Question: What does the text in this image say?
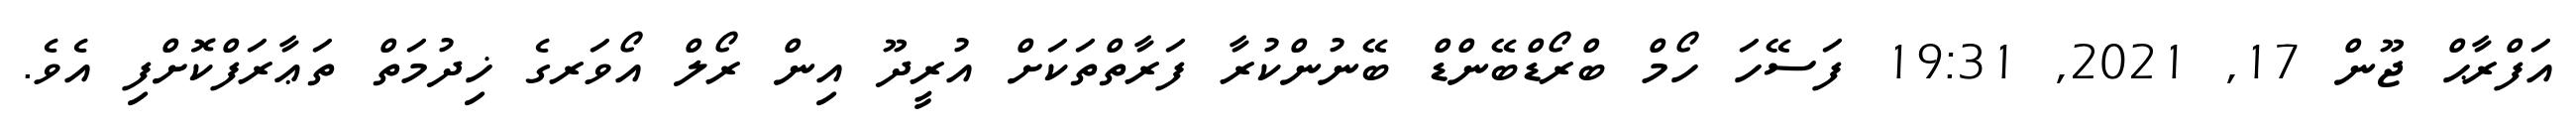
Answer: އަފްރާޙް ޖޫން 17, 2021, 19:31 ފަސޭހަ ހޯމް ބްރޯޑްބޭންޑް ބޭނުންކުރާ ފަރާތްތަކަށް އުރީދޫ އިން ރޯލް އޯވަރގެ ޚިދުމަތް ތަޢާރަފްކޮށްފި އެވެ.